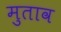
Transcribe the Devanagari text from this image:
मुताव